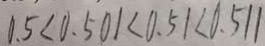
0 . 5 < 0 . 5 0 1 < 0 . 5 1 < 0 . 5 1 1